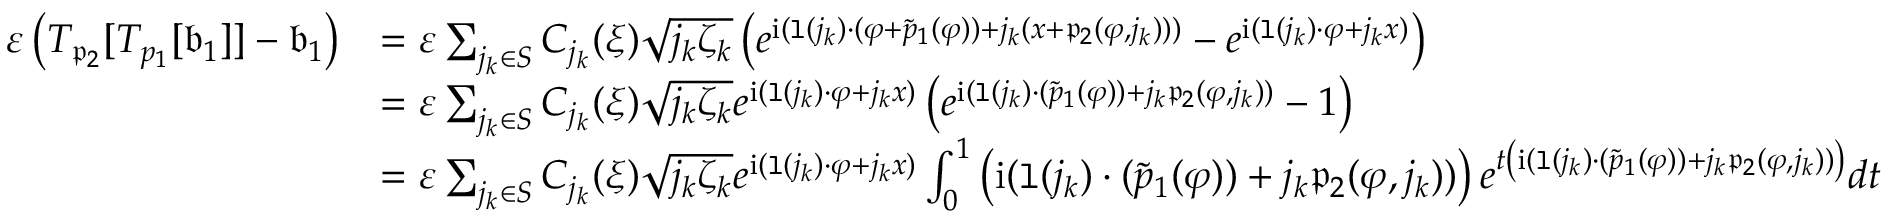
\begin{array} { r l } { \varepsilon \left( T _ { \mathfrak { p } _ { 2 } } [ T _ { p _ { 1 } } [ \mathfrak { b } _ { 1 } ] ] - \mathfrak { b } _ { 1 } \right) } & { = \varepsilon \sum _ { j _ { k } \in S } C _ { j _ { k } } ( \xi ) \sqrt { j _ { k } \zeta _ { k } } \left( e ^ { \mathrm { i } ( \mathtt { l } ( j _ { k } ) \cdot ( \varphi + \tilde { p } _ { 1 } ( \varphi ) ) + j _ { k } ( x + \mathfrak { p } _ { 2 } ( \varphi , j _ { k } ) ) ) } - e ^ { \mathrm { i } ( \mathtt { l } ( j _ { k } ) \cdot \varphi + j _ { k } x ) } \right) } \\ & { = \varepsilon \sum _ { j _ { k } \in S } C _ { j _ { k } } ( \xi ) \sqrt { j _ { k } \zeta _ { k } } e ^ { \mathrm { i } ( \mathtt { l } ( j _ { k } ) \cdot \varphi + j _ { k } x ) } \left( e ^ { \mathrm { i } ( \mathtt { l } ( j _ { k } ) \cdot ( \tilde { p } _ { 1 } ( \varphi ) ) + j _ { k } \mathfrak { p } _ { 2 } ( \varphi , j _ { k } ) ) } - 1 \right) } \\ & { = \varepsilon \sum _ { j _ { k } \in S } C _ { j _ { k } } ( \xi ) \sqrt { j _ { k } \zeta _ { k } } e ^ { \mathrm { i } ( \mathtt { l } ( j _ { k } ) \cdot \varphi + j _ { k } x ) } \int _ { 0 } ^ { 1 } \left( \mathrm { i } ( \mathtt { l } ( j _ { k } ) \cdot ( \tilde { p } _ { 1 } ( \varphi ) ) + j _ { k } \mathfrak { p } _ { 2 } ( \varphi , j _ { k } ) ) \right) e ^ { t \left( \mathrm { i } ( \mathtt { l } ( j _ { k } ) \cdot ( \tilde { p } _ { 1 } ( \varphi ) ) + j _ { k } \mathfrak { p } _ { 2 } ( \varphi , j _ { k } ) ) \right) } d t } \end{array}